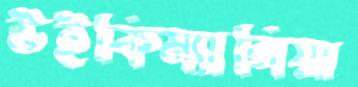
উইকিম্যানিয়া